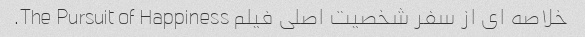
خلاصه ای از سفر شخصیت اصلی فیلم The Pursuit of Happiness.